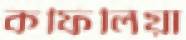
কফিলিয়া